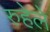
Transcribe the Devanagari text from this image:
रुहेले